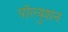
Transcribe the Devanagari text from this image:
पॉल्युशन